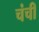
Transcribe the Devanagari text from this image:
चंची